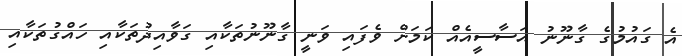
އެ ގައުމުގެ ގާނޫނު އަސާސީއެއް ކަމަށް ވެފައި ވަނީ ގާނޫނުތަކާއި ގަވާއިދުތަކާއި ހައްގުތަކާއި